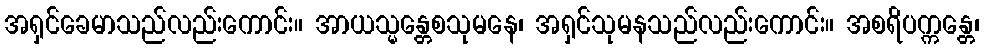
အရှင်ခေမာသည်လည်းကောင်း။ အာယသ္မန္တေစသုမနေ၊ အရှင်သုမနသည်လည်းကောင်း။ အစရိပက္ကန္တေ၊